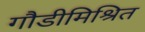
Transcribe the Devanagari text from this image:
गौडीमिश्रित